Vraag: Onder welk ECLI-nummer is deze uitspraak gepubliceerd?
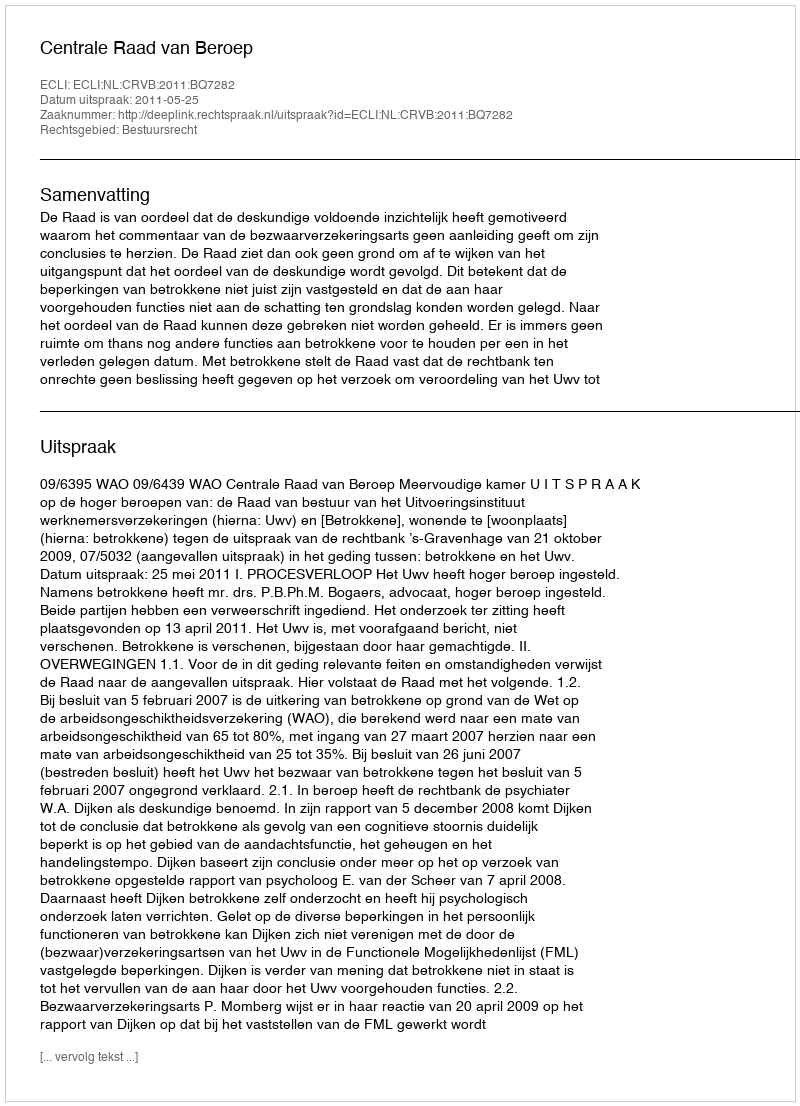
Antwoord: ECLI:NL:CRVB:2011:BQ7282